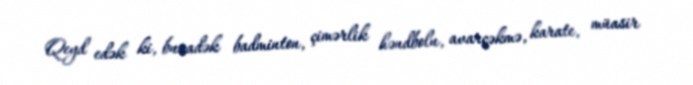
Qeyd edək ki, bunadək badminton, çimərlik həndbolu, avarçəkmə, karate, müasir